Scottish Leaving Certificate Examination, 1955
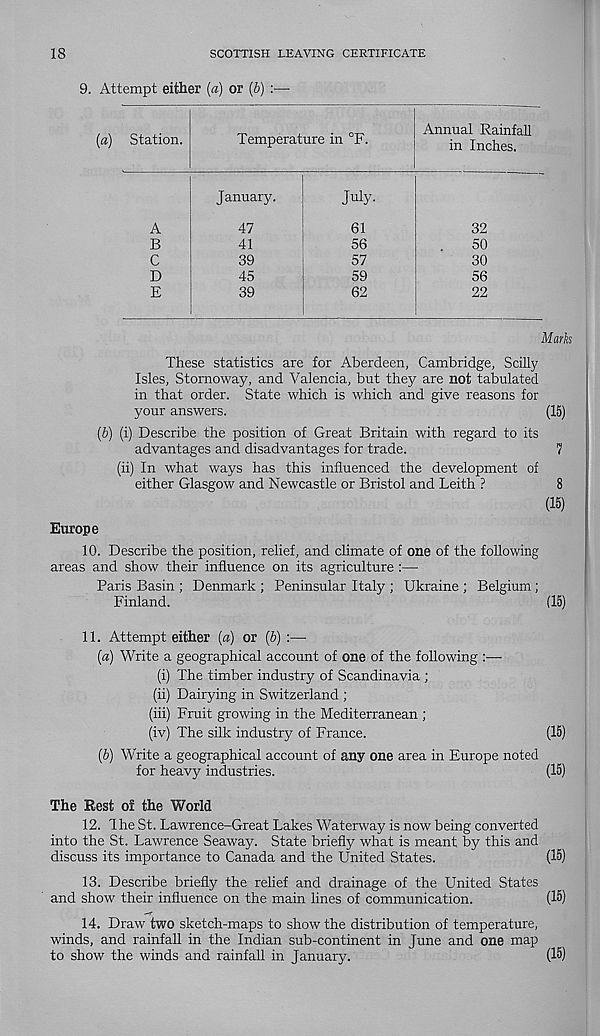
18
SCOTTISH LEAVING CERTIFICATE
9. Attempt either (a) or [b)
(a) Station.
Temperature in °F.
Annual Rainfall
in Inches.
July
January
47
61
32
41
56
55
39
57
30
45
59
56
39
62
52
Marks
These statistics are for Aberdeen, Cambridge, Scilly
Isles, Stornoway, and Valencia, but they are not tabulated
in that order. State which is which and give reasons for
your answers.
(15)
(6) (i) Describe the position of Great Britain with regard to its
advantages and disadvantages for trade.
7
(ii)
In what ways has this in
either Glasgow and Newcastle or Bristol and Leith ?
8
Europe
10. Describe the position, relief, and climate of one of the following
areas and show their influence on its agriculture :—
Paris Basin ; Denmark ; Peninsular Italy ; Ukraine ; Belgium ;
Finland.
(15)
11. Attempt either (a) or (6) :—
(a) Write a geographical account of one of the following :—
(i) The timber industry of Scandinavia ;
(ii) Dairying in Switzerland ;
(iii) Fruit growing in the Mediterranean ;
(iv) The silk industry of France.
(15)
(b) Write a geographical account of any one area in Europe noted
for heavy industries.
(15)
The Rest of the World
12. The St. Lawrence-Great Lakes Waterway is now being converted
into the St. Lawrence Seaway. State briefly what is meant by this and
discuss its importance to Canada and the United States.
(15)
13. Describe briefly the relief and drainage of the United States
and show their influence on the main lines of communication.
(15)
14. Draw two sketch-maps to show the distribution of temperature,
winds, and rainfall in the Indian sub-continent in June and one map
to show the winds and rainfall in January.
(15)